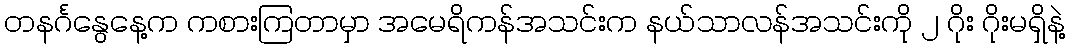
တနင်္ဂနွေနေ့က ကစားကြတာမှာ အမေရိကန်အသင်းက နယ်သာလန်အသင်းကို ၂ ဂိုး ဂိုးမရှိနဲ့